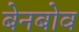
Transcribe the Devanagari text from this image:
बेनबोव